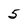
Character: 5